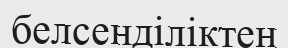
белсенділіктен